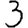
Digit: 3